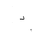
Letter: _dal